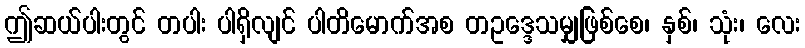
ဤဆယ်ပါးတွင် တပါး ပါရှိလျင် ပါတိမောက်အစ တဥဒ္ဒေသမျှဖြစ်စေ၊ နှစ်၊ သုံး၊ လေး